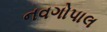
નવગોપાલ